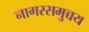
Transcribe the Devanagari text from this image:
नागरसमुच्चय